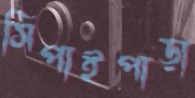
সিপাইপাড়া